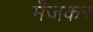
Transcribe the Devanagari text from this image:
मँजकर